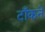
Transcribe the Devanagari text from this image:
टाँकने